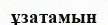
ұзатамын